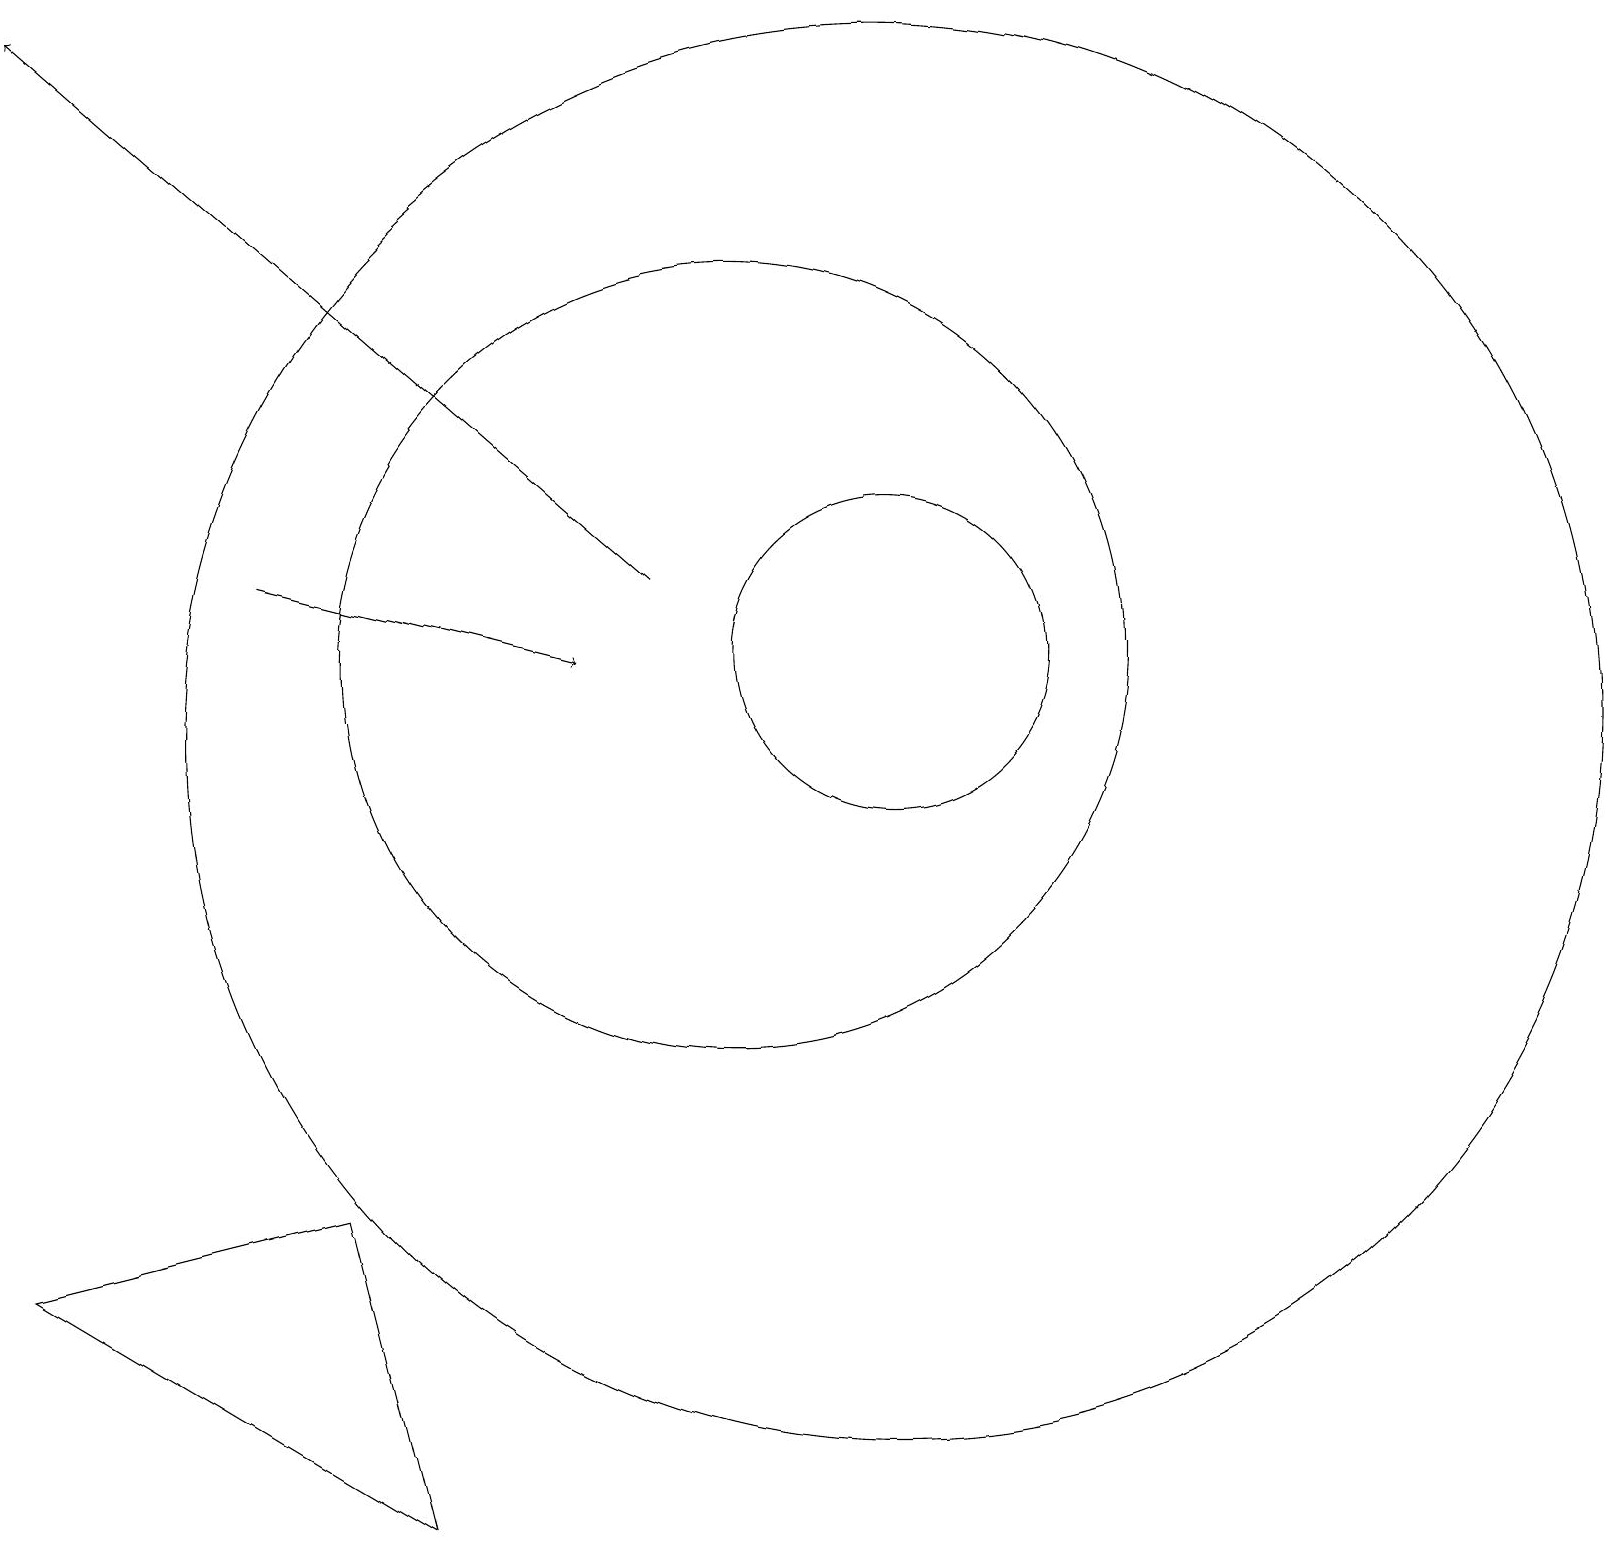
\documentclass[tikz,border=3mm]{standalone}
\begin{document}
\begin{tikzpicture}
\draw (5,4) -- (6,0) -- (1,3) -- cycle;
\draw[->] (4,12) -- (8,11);
\draw (12,11) circle (2);
\draw (12,10) circle (9);
\draw[->] (9,12) -- (1,19);
\draw (10,11) circle (5);
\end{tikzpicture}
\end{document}